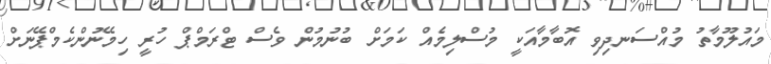
މައުލޫމާތު މުއްސަނދިވި އޮބާމާއަކީ މުސްލިމެއް ކަމަށް ބުނުމުން ވެސް ޓްރަމްޕް ހުރީ ހިމޭނުންކެމްޕޭނަށް